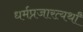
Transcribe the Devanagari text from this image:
धर्मप्रजारत्यर्थां